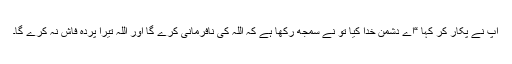
آپ نے پکار کر کہا “اے دشمنِ خدا کیا تو نے سمجھ رکھا ہے کہ اللہ کی نافرمانی کرے گا اور اللہ تیرا پردہ فاش نہ کرے گا۔